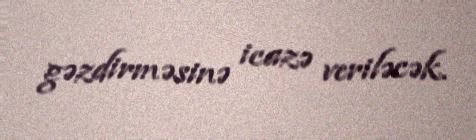
gəzdirməsinə icazə veriləcək.